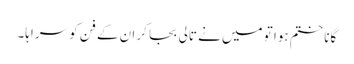
گانا ختم ہوا تو میں نے تالی بجا کر ان کے فن کو سراہا۔